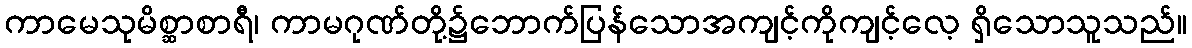
ကာမေသုမိစ္ဆာစာရီ၊ ကာမဂုဏ်တို့၌ဘောက်ပြန်သောအကျင့်ကိုကျင့်လေ့ ရှိသောသူသည်။